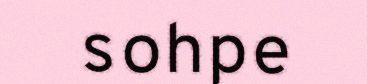
sohpe